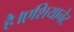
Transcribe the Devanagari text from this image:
है।एशियानेट